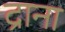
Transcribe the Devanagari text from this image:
द्राना